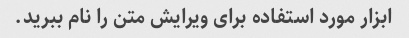
ابزار مورد استفاده برای ویرایش متن را نام ببرید.